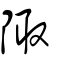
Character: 陬